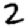
Digit: 2